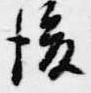
後